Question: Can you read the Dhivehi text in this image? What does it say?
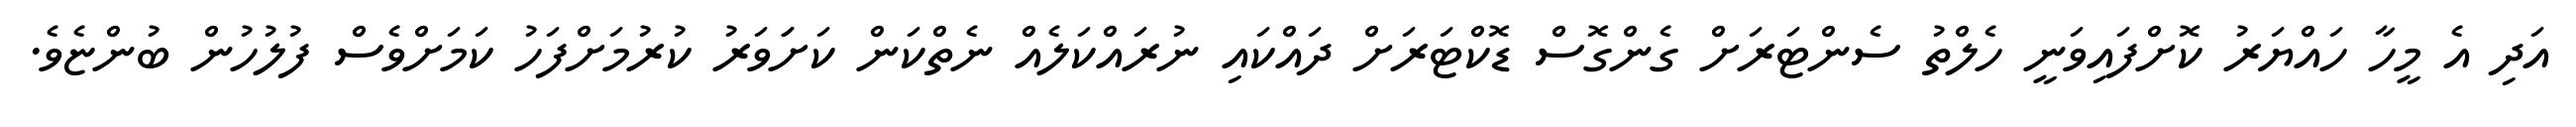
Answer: އަދި އެ މީހާ ހައްޔަރު ކޮށްފައިވަނީ ހެލްތު ސެންޓަރަށް ގެންގޮސް ޑޮކްޓަރަށް ދައްކައި ނުރައްކަލެއް ނެތްކަން ކަށަަވަރު ކުރުމަށްފަހު ކަމަށްވެސް ފުލުހުން ބުންޏެވެ.